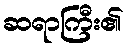
ဆရာကြီး၏